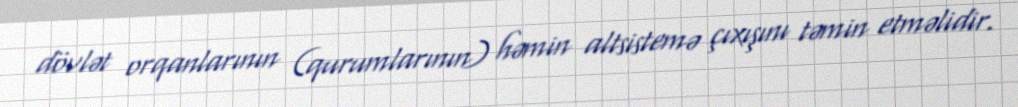
dövlət orqanlarının (qurumlarının) həmin altsistemə çıxışını təmin etməlidir.